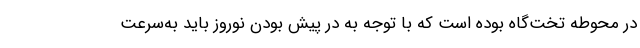
در محوطه تخت‌گاه بوده است که با توجه به در پیش بودن نوروز باید به‌سرعت